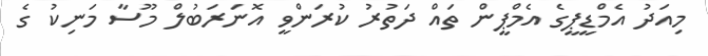
މިއަދު އެމްޑީޕީގެ އެމްޕީން ތައް ދަތުރު ކުރަންވީ އޮނަރަބުލް މޫސާ މަނިކު ގެ